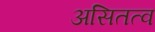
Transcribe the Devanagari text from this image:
असितत्व